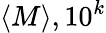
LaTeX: \langle M\rangle,10^{k}